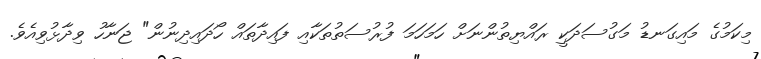
މިކަމުގެ މައިގަނޑު މަގުސަދަކީ ރައްޔިތުންނަށް ހަމަހަމަ ފުރުސަތުތަކާއި ފައިދާތައް ހޯދައިދިނުން" ޖަނާހު ވިދާޅުވިއެވެ.